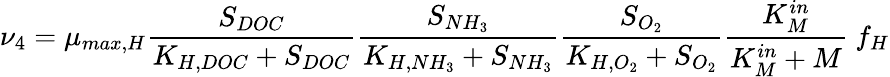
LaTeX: \nu_{4}=\mu_{max,H}\frac{S_{DOC}}{K_{H,DOC}+S_{DOC}}\frac{S_{NH_{3}}}{K_{H,NH_{3}}+S_{NH_{3}}}\frac{S_{O_{2}}}{K_{H,O_{2}}+S_{O_{2}}}\frac{K_{M}^{in}}{K_{M}^{in}+M}\ f_{H}